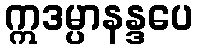
ဣဒမ္ပာနန္ဒပေ